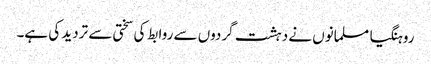
روہنگیا مسلمانوں نے دہشت گردوں سے روابط کی سختی سے تردید کی ہے۔